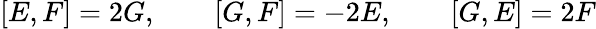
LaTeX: [E,F]=2G,\qquad[G,F]=-2E,\qquad[G,E]=2F